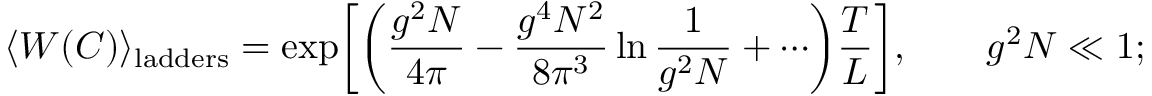
\langle W ( C ) \rangle _ { \mathrm { l a d d e r s } } = \exp \biggl [ \biggl ( \frac { g ^ { 2 } N } { 4 \pi } - \frac { g ^ { 4 } N ^ { 2 } } { 8 \pi ^ { 3 } } \ln \frac { 1 } { g ^ { 2 } N } + \cdots \biggr ) \frac { T } { L } \biggr ] , \qquad g ^ { 2 } N \ll 1 ;